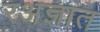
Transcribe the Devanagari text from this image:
रअज्ञात